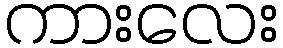
ကားလေး